Report of the Indian Hemp Drugs Commission, 1894-1895 - Volume VII
Year: 1894
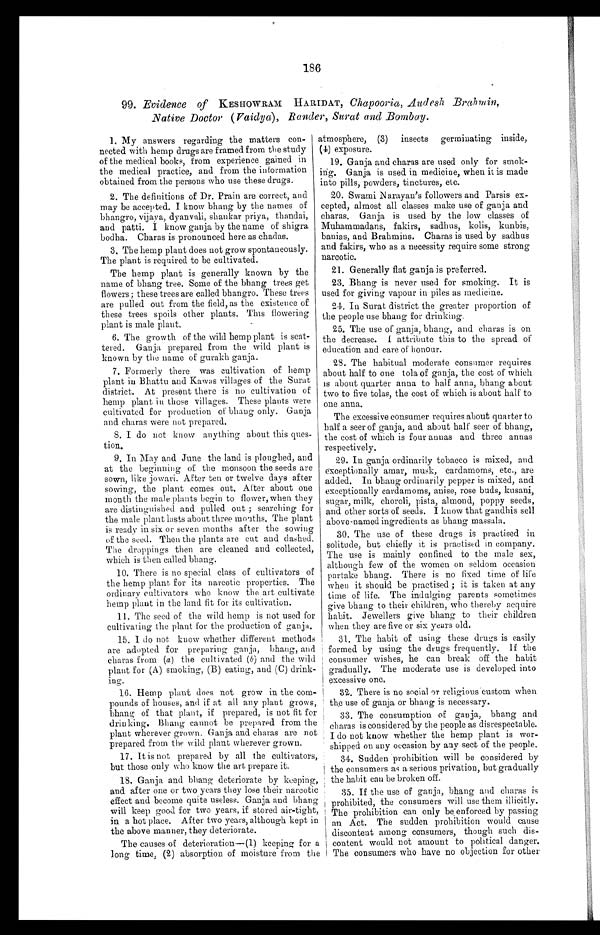
186
99. Evidence of KESHOWRAM HARIDAT, Chcepooria, Audesh Brahmin,
Native Doctor (Vaidya) , Render, Surat and Bombay.
1. My answers regarding the matters con-
nected with hemp drugs are framed from the study
of the medical books, from experience gained in
the medical practice, and from the information
obtained from the persons who use these drugs.
2. The definitions of Dr. Prain are correct, and
may be accepted. I know bhang by the names of
bhangro, vijaya, dyanvali, shankar priya, thandai,
and patti. I know ganja by the name of shigra
bodha. Charas is pronounced here as chadas.
3. The hemp plant does not grow spontaneously.
The plant is required to be cultivated.
The hemp plant is generally known by the
name of bhang tree. Some of the bhang trees get
flowers; these trees are called bhangro. These trees
are pulled out from the field, as the existence of
these trees spoils other plants. This flowering
plant is male plant.
6. The growth of the wild hemp plant is scat-
tered. Ganja prepared from the wild plant is
known by the name of gurakh ganja.
7. Formerly there was cultivation of hemp
plant in Bhattu and Kawas villages of the Surat
district. At present there is no cultivation of
hemp plant in those villages. These plants were
cultivated for production of bhang only. Ganja
and charas were not prepared.
8. I do not know anything about this ques-
tion.
9. In May and June the land is ploughed, and
at the beginning of the monsoon the seeds are
sown, like jowari. After ten or twelve days after
sowing, the plant comes out. After about one
month the male plants begin to flower, when they
are distinguished and pulled out ; searching for
the male plant lasts about three months. The plant
is ready in six or seven months after the sowing
of the seed. Then the plants are cut and dashed.
The droppings then are cleaned and collected,
which is then called bhang.
10. There is no special class of cultivators of
the hemp plant for its narcotic properties. The
ordinary cultivators who know the art cultivate
hemp plant in the land fit for its cultivation.
11. The seed of the wild hemp is not used for
cultivating the plant for the production of ganja.
15. I do not know whether different methods
are adopted for preparing ganja, bhang, and
charas from (a ) the cultivated (b) and the wild
plant for (A) smoking, (B) eating, and (C) drink-
ing.
16. Hemp plant does not grow in the com-
pounds of houses, and if at all any plant grows,
bhang of that plant, if prepared, is not fit for
drinking. Bhang cannot be prepared from the
plant wherever grown. Ganja and charas are not
prepared from the wild plant wherever grown.
17. It is not prepared by all the cultivators,
but those only who know the art prepare it.
18. Ganja and bhang deteriorate by keeping,
and after one or two years they lose their narcotic
effect and become quite useless. Ganja and bhang
will keep good for two years, if stored air-tight,
in a hot place. After two years, although kept in
the above manner, they deteriorate.
The causes of deterioration—(1) keeping for a
long time, (2) absorption of moisture from the
atmosphere, (3) insects germinating inside,
(4) exposure.
19. Ganja and charas are used only for smok-
ing. Ganja is used in medicine, when it is made
into pills, powders, tinctures, etc.
20. Swami Narayan's followers and Parsis ex-
cepted, almost all classes make use of ganja and
charas. Ganja is used by the low classes of
Muhammadans, fakirs, sadhus, kolis, kunbis,
banias, and Brahmins. Charas is used by sadhus
and fakirs, who as a necessity require some strong
narcotic.
21. Generally flat ganja is preferred.
23. Bhang is never used for smoking. It is
used for giving vapour in piles as medicine.
24. In Surat district the greater proportion of
the people use bhang for drinking.
25. The use of ganja, bhang, and charas is on
the decrease. attribute this to the spread of
education and care of honour.
28. The habitual moderate consumer requires
about half to one tola of ganja, the cost of which
is about quarter anna to half anna, bhang about
two to five tolas, the cost of which is about half to
one anna.
The excessive consumer requires about quarter to
half a seer of g anja, and about half seer of bhang,
the cost of which is four annas and three annas
respectively.
29. In ganja ordinarily tobacco is mixed, and
exceptionally amar, musk, cardamoms, etc., are
added. In bhang ordinarily pepper is mixed, and
exceptionally cardamoms, anise, rose buds, kusani,
sugar, milk, choroli, pista, almond, poppy seeds,
and other sorts of seeds. I know that gandhis sell
above-named ingredients as bhang massala.
30. The use of these drugs is practised in
solitude, but chiefly it is practised in company.
The use is mainly confined to the male sex,
although few of the women on seldom occasion
partake bhang. There is no fixed time of life
when it should be practised ; it is taken at any
time of life. The indulging parents sometimes
give bhang to their children, who thereby acquire
habit. Jewellers give bhang to their children
when they are five or six years old.
31. The habit of using these drugs is easily
formed by using the drugs frequently. lf the
consumer wishes, he can break off the habit
gradually. The moderate use is developed into
excessive one,
32. There is no social Or religious custom when
the use of ganja or bhang is necessary.
33. The consumption of ganja, bhang and
charas is considered by the people as disrespectable.
I do not know whether the hemp plant is wor-
shipped on any occasion by any sect of the people.
34. Sudden prohibition will be considered by
the consumers as a serious privation, but gradually
the habit can be broken off.
35. If the use of ganja, bhang and charas is
prohibited, the consumers will use them illicitly.
The prohibition can only be, enforced by passing
an Act. The sudden prohibition would cause
discontent among consumers, though such dis-
content would not amount to political danger.
The consumers who have no objection for other